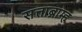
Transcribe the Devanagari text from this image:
सत्ताब्राम्ह